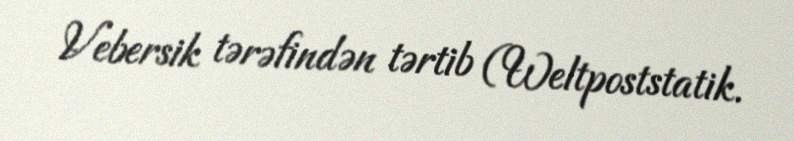
Vebersik tərəfindən tərtib (Weltpoststatik.